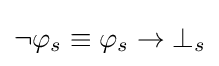
\neg \varphi _{s}\equiv \varphi _{s}\to \bot _{s}